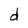
Character: d